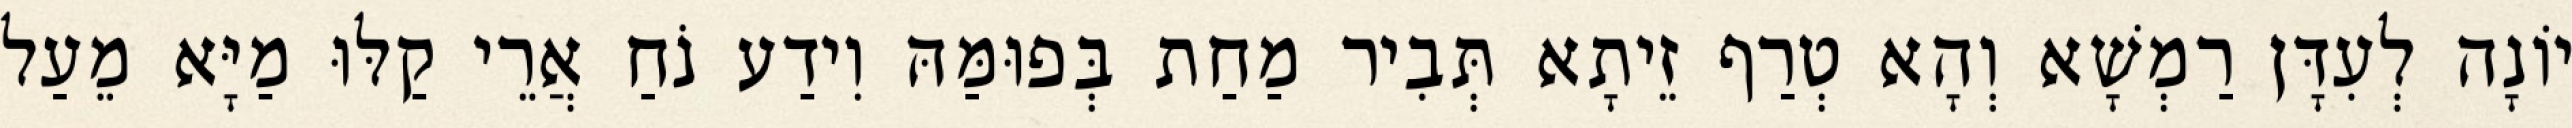
יוֹנָה לְעִדָּן רַמְשָׁא וְהָא טְרַף זֵיתָא תְּבִיר מַחַת בְּפוּמַּהּ וִידַע נֹחַ אֲרֵי קַלּוּ מַיָּא מֵעַל